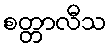
စတ္တာလီသ